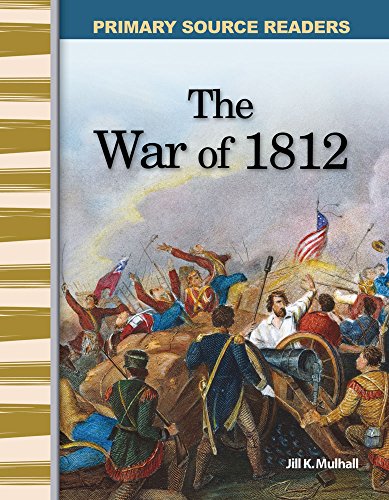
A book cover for The War of 1812: Expanding & Preserving the Union (Primary Source Readers); Jill Mulhall; History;